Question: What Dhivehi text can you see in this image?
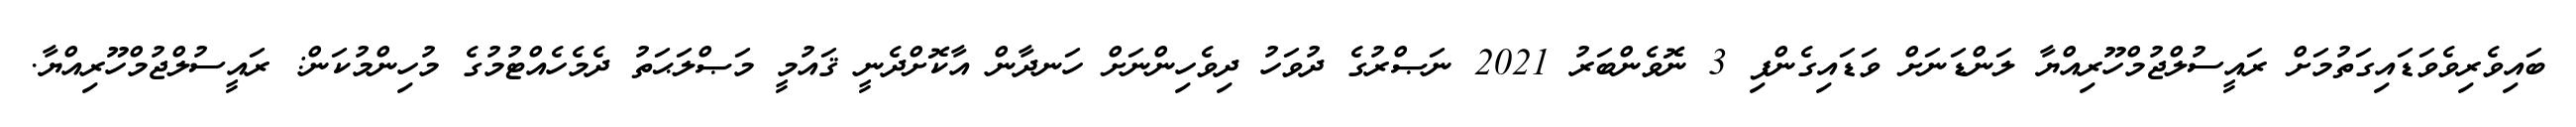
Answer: ބައިވެރިވެވަޑައިގަތުމަށް ރައީސުލްޖުމްހޫރިއްޔާ ލަންޑަނަށް ވަޑައިގެންފި 3 ނޮވެންބަރު 2021 ނަޞްރުގެ ދުވަހު ދިވެހިންނަށް ހަނދާން އާކޮށްދެނީ ޤައުމީ މަޞްލަޙަތު ދެމެހެއްޓުމުގެ މުހިންމުކަން: ރައީސުލްޖުމްހޫރިއްޔާ.